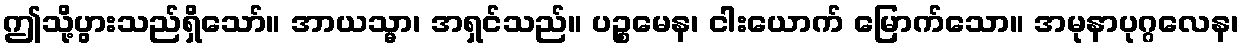
ဤသို့ပွားသည်ရှိသော်။ အာယသ္မာ၊ အရှင်သည်။ ပဉ္စမေန၊ ငါးယောက် မြောက်သော။ အမုနာပုဂ္ဂလေန၊